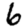
Digit: 6